Rangoon Lunatic Asylum 1898-1906 - 1898-1906
Year: 1898
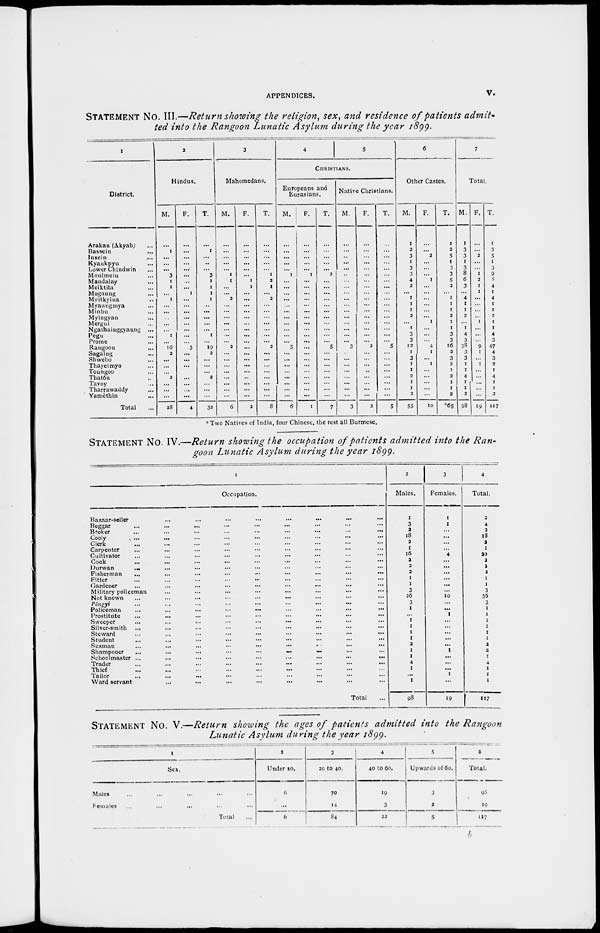
APPENDICES.
v.
STATEMENT No. III.—Return showing the religion, sex, and residence of patients admit¬
ted into the Rangoon Lunatic Asylum during the year 1899.
1
District.
Arakan (Akyab) ...
Bassein ...
Insein ...
Kyaukpyu ...
Lower Chindwin ...
Moulmein ...
Mandalay ...
Meiktila ...
Mogaung ...
Myitkyina ...
Myaungmya ...
Minbu ...
Myingyan ...
Mergui ...
Ngathainggyaung
...
Pegu ...
Prome ...
Rangoon ...
Sagaing ...
Shwebo ...
Thayetmyo ...
Toungoo ...
Thaton ...
Tavoy ...
Tharrawaddy ...
Yamethin ...
Total ...
2
Hindus.
M.
...
1
...
...
...
3
1
I
...
1
...
...
...
...
...
1
...
16
2
...
...
...
2
...
...
...
28
F.
...
...
...
...
...
...
...
...
1
...
...
...
...
...
...
...
...
3
...
...
...
...
...
...
...
...
4
T.
...
1
...
...
...
3
1
1
1
1
...
...
...
...
...
1
...
19
2
...
...
...
2
...
...
...
32
3
Mahomedans.
M.
...
...
...
...
...
1
1
...
...
2
...
...
...
...
...
...
...
2
...
...
...
...
...
...
...
...
6
F.
...
...
...
...
...
...
1
1
...
...
...
...
...
...
...
...
...
...
...
...
...
...
...
...
...
...
2
T.
...
...
...
...
...
1
2
1
...
2
...
...
...
...
...
...
...
2
...
...
...
...
...
...
...
...
8
4
5
CHRISTIANS.
Europeans and
Eurasians.
M.
...
...
...
...
...
1
...
...
...
...
...
...
...
...
...
...
...
5
...
...
...
...
...
...
...
...
6
F.
...
...
...
...
...
1
...
...
...
...
...
...
...
...
...
...
...
...
...
...
...
...
...
...
...
...
1
T.
...
...
...
...
...
2
...
...
...
...
...
...
...
...
...
...
...
5
...
...
...
...
...
...
...
...
7
Native Christians.
M.
...
...
...
...
...
...
...
...
...
...
...
...
...
...
...
...
...
3
...
...
...
...
...
...
...
...
3
F.
...
...
...
...
...
...
...
...
...
...
...
...
...
...
...
...
...
2
...
...
...
...
...
...
...
...
2
T.
...
...
...
...
...
...
...
...
...
...
...
...
...
...
...
...
...
5
...
...
...
...
...
...
...
...
5
6
Other Castes.
M.
1
2
3
1
3
3
4
2
...
1
1
1
2
...
1
3
3
12
1
3
1
1
2
1
1
2
55
F.
...
...
2
...
...
...
1
...
...
...
...
...
...
1
...
...
...
4
1
...
1
...
...
...
...
...
10
T.
1
2
5
1
3
3
5
2
...
1
1
1
2
1
1
3
3
16
2
3
2
1
2
1
1
2
*65
7
Total.
M.
1
3
3
1
3
8
6
3
...
4
1
1
2
...
1
4
3
38
3
3
1
1
4
1
1
2
98
F.
...
...
2
...
...
1
2
1
1
...
...
...
...
1
...
...
...
9
1
...
1
...
...
...
...
...
10
T.
1
3
5
1
3
9
8
4
1
4
1
1
2
1
1
4
3
47
4
3
2
1
4
1
1
2
117
* Two Natives of India, four Chinese, the rest all Burmese.
STATEMENT No. IV.—Return showing the occupation of patients admitted into the Ran-
goon Lunatic Asylum during the year 1899.
1
Occupation.
Bazaar-seller ... ... ... ... ... ... ... ...
Beggar ... ... ... ... ... ... ... ... ...
Broker ... ... ... ... ... ... ... ... ...
Cooly ... ... ... ... ... ... ... ... ...
Clerk ... ... ... ... ... ... ... ... ...
Carpenter ... ... ... ... ... ... ... ... ...
Cultivator ... ... ... ... ... ... ... ... ...
Cook ... ... ... ... ... ... ... ... ...
Durwan
... ... ... ... ... ... ... ... ... ...
Fisherman ... ... ... ... ... ... ... ... ...
Fitter ... ... ... ... ... ... ... ... ...
Gardener ... ... ... ... ... ... ... ... ...
Military policeman ... ... ... ... ... ... ... ...
Not known ... ... ... ... ... ... ... ... ...
Pôngyi ... ... ... ... ... ... ... ... ...
Policeman
...
...
...
...
... ... ... ... ...
Prostitute ... ... ... ... ... ... ... ... ...
Sweeper ... ... ... ... ... ... ... ... ...
Silver-smith ... ... ... ... ... ... ... ... ...
Steward ... ... ... ... ... ... ... ... ...
Student ... ... ... ... ... ... ... ... ...
Seaman ... ... ... ... ... ... ... ... ...
Shampooer
...
...
...
...
...
...
... ... ...
Schoolmaster ...
...
...
...
...
...
...
...
...
Trader
...
...
...
...
...
...
...
...
...
Thief ... ... ... ... ... ... ... ... ...
Tailor ... ... ... ... ... ... ... ... ...
Ward servant ... ... ... ... ... ... ... ...
Total ...
2
Males.
1
3
2
18
2
1
16
2
2
2
1
1
3
36
3
1
...
1
1
1
1
2
1
1
4
1
...
1
98
3
Females.
1
1
...
...
...
...
4
...
...
...
...
...
...
10
...
...
1
...
...
...
...
...
1
...
...
...
1
...
19
4
Total.
2
4
2
18
2
1
20
2
2
2
1
1
3
36
3
1
1
1
1
1
1
2
2
1
4
1
1
1
117
STATEMENT No. V.—Return showing the ages of patients admitted into the Rangoon
Lunatic Asylum during the year 1899.
1
Sex.
Males ... ... ... ... ...
Females
...
...
... ... ...
Total ...
2
Under 30.
6
...
6
3
20 to 40.
70
14
84
4
40 to 60.
19
3
23
5
Upwards of 60.
3
2
5
6
Total.
98
19
117